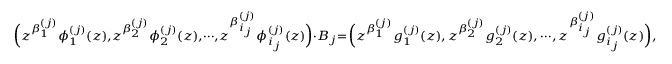
{ \scriptstyle \Big ( z ^ { \beta _ { 1 } ^ { ( j ) } } \phi _ { 1 } ^ { ( j ) } ( z ) , z ^ { \beta _ { 2 } ^ { ( j ) } } \phi _ { 2 } ^ { ( j ) } ( z ) , \cdots , z ^ { \beta _ { i _ { j } } ^ { ( j ) } } \phi _ { i _ { j } } ^ { ( j ) } ( z ) \Big ) \cdot B _ { j } = \Big ( z ^ { \beta _ { 1 } ^ { ( j ) } } g _ { 1 } ^ { ( j ) } ( z ) , \, z ^ { \beta _ { 2 } ^ { ( j ) } } g _ { 2 } ^ { ( j ) } ( z ) , \, \cdots , \, z ^ { \beta _ { i _ { j } } ^ { ( j ) } } g _ { i _ { j } } ^ { ( j ) } ( z ) \Big ) , }